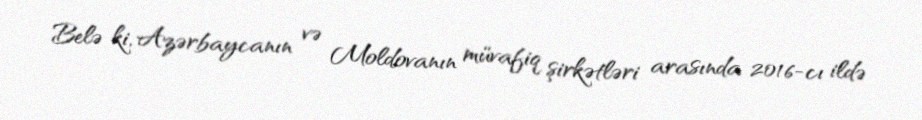
Belə ki, Azərbaycanın və Moldovanın müvafiq şirkətləri arasında 2016-cı ildə